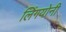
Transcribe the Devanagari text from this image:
लिंगयोनी